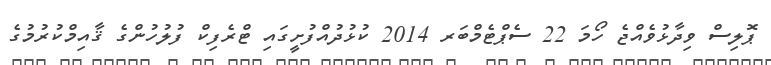
ޕޮލިސް ވިދާޅުވެއްޖެ ހޯމަ 22 ސެޕްޓެމްބަރ 2014 ކުޅުދުއްފުށީގައި ޓްރެފިކް ފުލުހުންގެ ޤާއިމްކުރުމުގެ